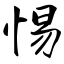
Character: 惕